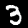
Digit: 3